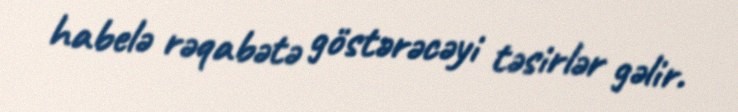
habelə rəqabətə göstərəcəyi təsirlər gəlir.